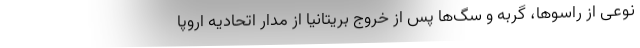
نوعی از راسوها، گربه و سگ‌ها پس از خروج بریتانیا از مدار اتحادیه اروپا